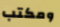
ومكتب